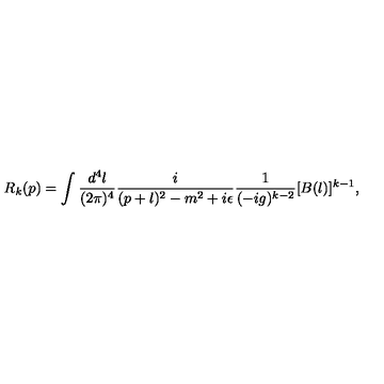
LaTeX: R _ { k } ( p ) = \int \frac { d ^ { 4 } l } { ( 2 \pi ) ^ { 4 } } \frac { i } { ( p + l ) ^ { 2 } - m ^ { 2 } + i \epsilon } \frac { 1 } { ( - i g ) ^ { k - 2 } } [ B ( l ) ] ^ { k - 1 } ,